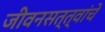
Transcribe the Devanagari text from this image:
जीवनसत्त्वांचे